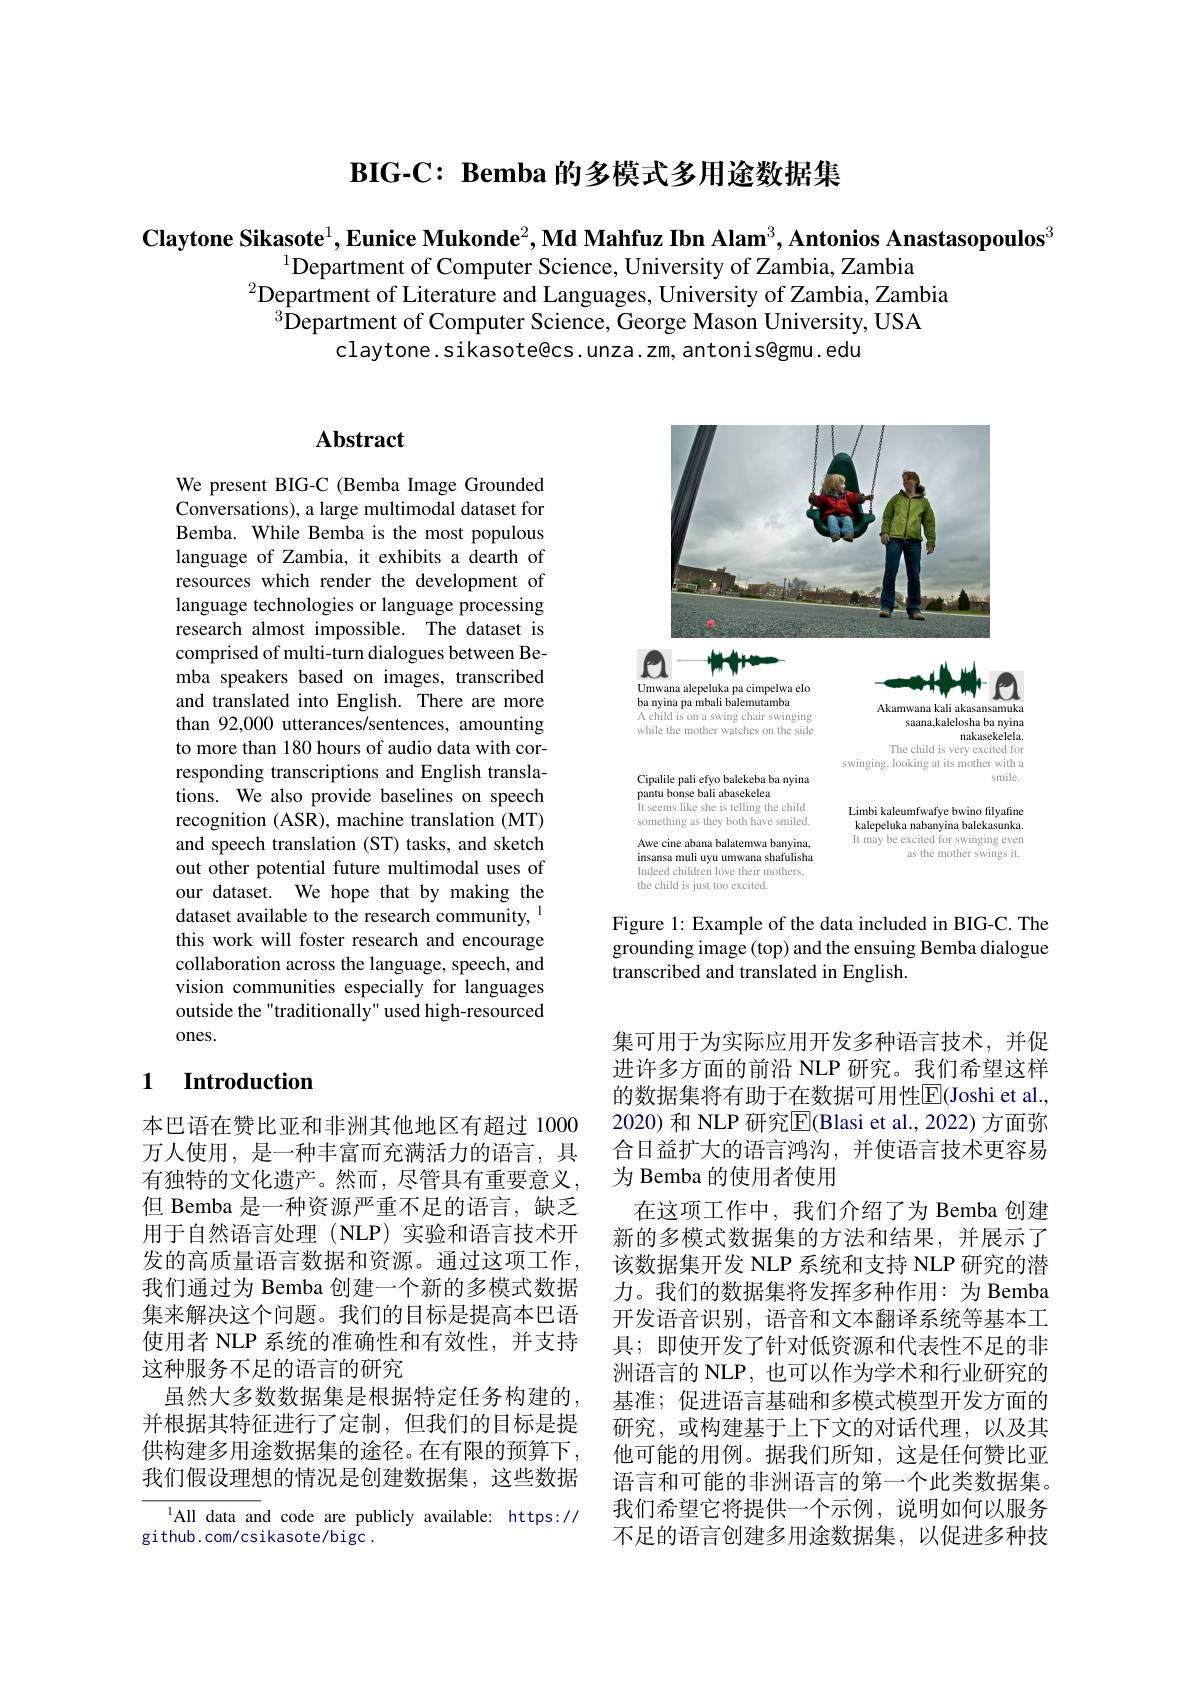
$\mathbf{BIG-C:~Bemba~}$的多模式多用途数据集

$\textbf{Claytone Sikasote}^1,\textbf{Eunice Mukonde}^2,\textbf{Md Mahfuz Ibn Alam}^3,\textbf{Antonios Anastasopoulos}^3$
$^{1}$Department of Computer Science, University of Zambia, Zambia
$^{2}$Department of Literature and Languages, University of Zambia, Zambia
$^{3}$Department of Computer Science, George Mason University, USA
claytone.sikasote@cs.unza.zm, antonis@gmu. edu

# Abstract

We present BIG-C (Bemba Image Grounded Conversations), a large multimodal dataset for Bemba. While Bemba is the most populous language of Zambia, it exhibits a dearth of resources which render the development of language technologies or language processing research almost impossible. The dataset is comprised of multi-turn dialogues between Bemba speakers based on images, transcribed and translated into English. There are more than 92,000 utterances/sentences, amounting to more than 180 hours of audio data with corresponding transcriptions and English translations. We also provide baselines on speech recognition (ASR), machine translation (MT) and speech translation (ST) tasks, and sketch out other potential future multimodal uses of our dataset. We hope that by making the dataset available to the research community, $^{\mathrm{l}}$ this work will foster research and encourage collaboration across the language, speech, and vision communities especially for languages outside the "traditionally" used high-resourced ones.

### 1 Introduction

本巴语在赞比亚和非洲其他地区有超过 1000万人使用，是一种丰富而充满活力的语言，具有独特的文化遗产。然而，尽管具有重要意义， 但 Bemba 是一种资源严重不足的语言，缺乏用于自然语言处理(NLP)实验和语言技术开发的高质量语言数据和资源。通过这项工作， 我们通过为 Bemba 创建一个新的多模式数据集来解决这个问题。我们的目标是提高本巴语使用者 NLP 系统的准确性和有效性，并支持这种服务不足的语言的研究
虽然大多数数据集是根据特定任务构建的， 并根据其特征进行了定制，但我们的目标是提供构建多用途数据集的途径。在有限的预算下， 我们假设理想的情况是创建数据集，这些数据

1All data and code are publicly available: https://
github.com/csikasote/bigc.

<FigureHere>

Figure 1: Example of the data included in BIG-C. The grounding image (top) and the ensuing Bemba dialogue transcribed and translated in English.

集可用于为实际应用开发多种语言技术，并促进许多方面的前沿 NLP 研究。我们希望这样的数据集将有助于在数据可用性$\overline{\mathrm{E}}($Joshi et al., 2020) 和 NLP 研究$\overline{\mathbb{E}}$(Blasi et al., 2022) 方面弥合日益扩大的语言鸿沟，并使语言技术更容易为 Bemba 的使用者使用
在这项工作中，我们介绍了为 Bemba 创建新的多模式数据集的方法和结果，并展示了该数据集开发 NLP 系统和支持 NLP 研究的潜力。我们的数据集将发挥多种作用：为 Bemba 开发语音识别，语音和文本翻译系统等基本工具；即使开发了针对低资源和代表性不足的非洲语言的 NLP, 也可以作为学术和行业研究的基准；促进语言基础和多模式模型开发方面的研究，或构建基于上下文的对话代理，以及其他可能的用例。据我们所知，这是任何赞比亚语言和可能的非洲语言的第一个此类数据集。我们希望它将提供一个示例，说明如何以服务不足的语言创建多用途数据集，以促进多种技